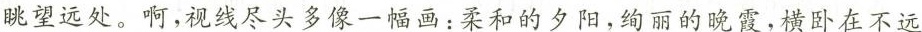
眺望远处。啊，视线尽头多像一幅画：柔和的夕阳，绚丽的晚霞，横卧在不远